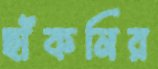
ছাঁকনির